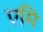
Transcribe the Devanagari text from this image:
एमि